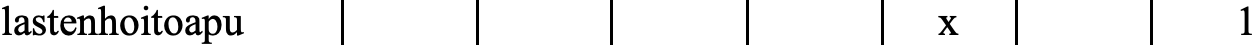
lastenhoitoapu                 x         1